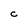
Character: C